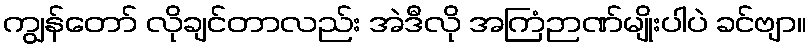
ကျွန်တော် လိုချင်တာလည်း အဲဒီလို အကြံဉာဏ်မျိုးပါပဲ ခင်ဗျာ။